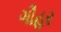
ગૌહર